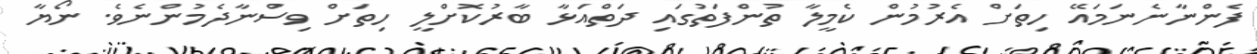
ފެންނާނެނަމައޭ ހިތަށް އެރުމުން ކެމީލާ ތުންފަތުގައި ދަތްއަޅާ ބާރުކޮށްލީ ހިތަށް ވިސްނާދެމުންނެވެ. ނޯޔާ